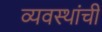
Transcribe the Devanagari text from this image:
व्यवस्थांची